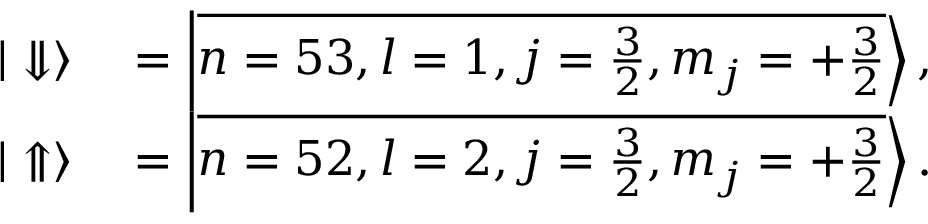
\begin{array} { r l } { | \Downarrow \rangle } & { { } = \left| \overline { { n = 5 3 , l = 1 , j = \frac { 3 } { 2 } , m _ { j } = + \frac { 3 } { 2 } } } \right\rangle , } \\ { | \Uparrow \rangle } & { { } = \left| \overline { { n = 5 2 , l = 2 , j = \frac { 3 } { 2 } , m _ { j } = + \frac { 3 } { 2 } } } \right\rangle . } \end{array}